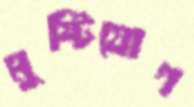
মুষ্টিযোগ